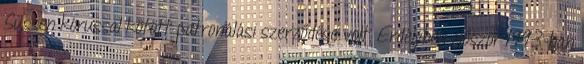
Süssen kórussal kötött patronálási szerződése volt. Erdélyben először 1993-ban